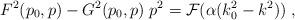
LaTeX: \begin{align*}F^2(p_0, p) - G^2(p_0, p) \; p^2 = {\cal F}(\alpha (k_0^2 - k^2)) \; ,\end{align*}